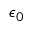
\epsilon _ { 0 }